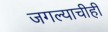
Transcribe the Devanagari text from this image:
जगल्याचीही